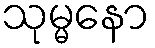
သုမ္မနော